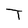
Character: T